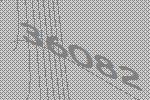
36082